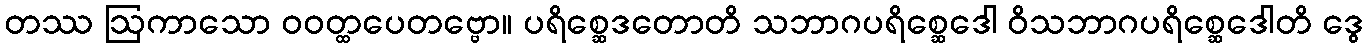
တဿ ဩကာသော ဝဝတ္ထပေတဗ္ဗော။ ပရိစ္ဆေဒတောတိ သဘာဂပရိစ္ဆေဒေါ ဝိသဘာဂပရိစ္ဆေဒေါတိ ဒွေ